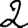
Digit: 2